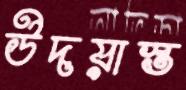
উদয়াস্ত